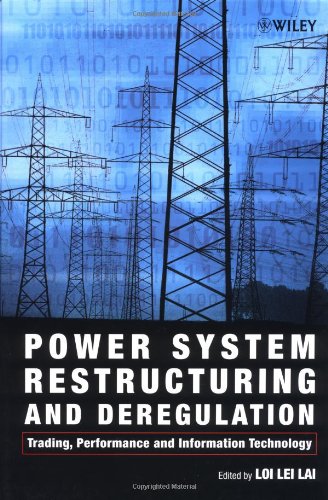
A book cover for Power System Restructuring and Deregulation; Law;